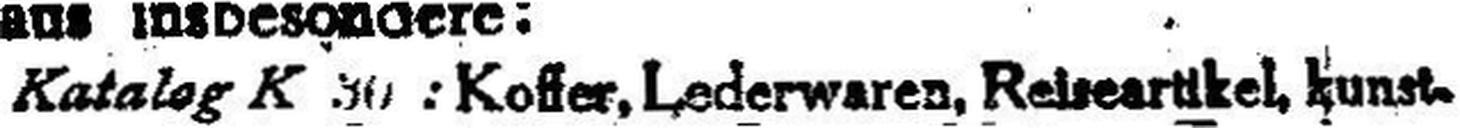
Katalog K ###: Koffer, Lederwaren, Re###eartikel, kunst¬